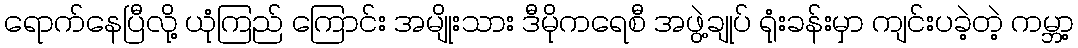
ရောက်နေပြီလို့ ယုံကြည် ကြောင်း အမျိုးသား ဒီမိုကရေစီ အဖွဲ့ချုပ် ရုံးခန်းမှာ ကျင်းပခဲ့တဲ့ ကမ္ဘာ့